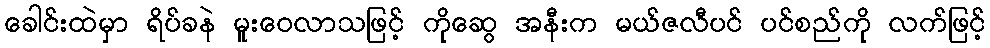
ခေါင်းထဲမှာ ရိပ်ခနဲ မူးဝေလာသဖြင့် ကိုဆွေ အနီးက မယ်ဇလီပင် ပင်စည်ကို လက်ဖြင့်